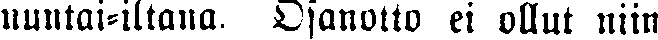
nuntai-iltana. Osanotto ei ollut niin